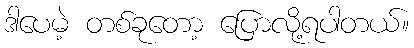
ဒါပေမဲ့ တစ်ခုတော့ ပြောလို့ရပါတယ်။